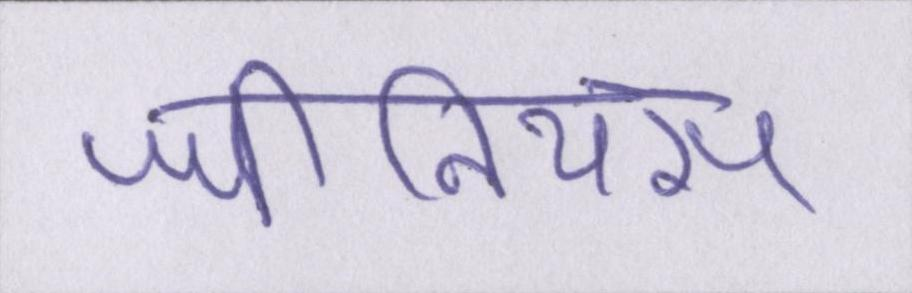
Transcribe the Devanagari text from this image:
जीनियस